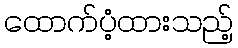
ထောက်ပံ့ထားသည့်